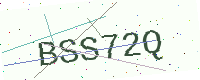
Text: BSS72Q